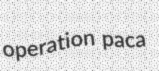
operation paca